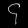
Digit: ၄